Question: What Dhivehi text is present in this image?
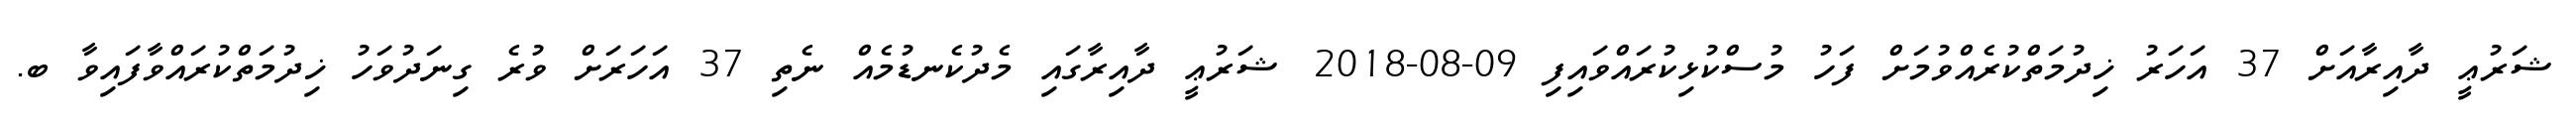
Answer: ޝަރުޢީ ދާއިރާއަށް 37 އަހަރު ޚިދުމަތްކުރެއްވުމަށް ފަހު މުސްކުޅިކުރައްވައިފި 09-08-2018 ޝަރުޢީ ދާއިރާގައި މެދުކެނޑުމެއް ނެތި 37 އަހަރަށް ވުރެ ގިނަދުވަހު ޚިދުމަތްކުރައްވާފައިވާ ބ.